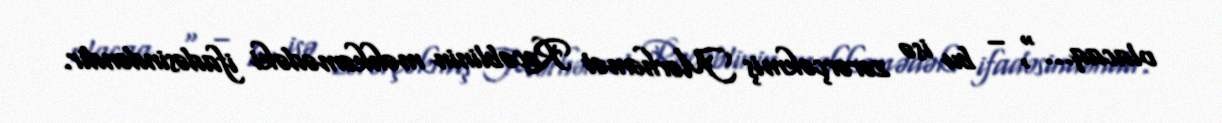
olacaq...", – bu isə zərərçəkmiş Mərhəmət Rəcəblinin məhkəmədəki ifadəsindəndir.